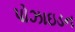
પોઝાઇડન